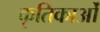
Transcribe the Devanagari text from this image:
कृतिकाओं